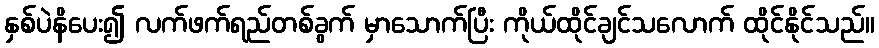
နှစ်ပဲနိပေး၍ လက်ဖက်ရည်တစ်ခွက် မှာသောက်ပြီး ကိုယ်ထိုင်ချင်သလောက် ထိုင်နိုင်သည်။